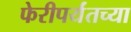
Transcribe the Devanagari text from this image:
फेरीपर्यंतच्या